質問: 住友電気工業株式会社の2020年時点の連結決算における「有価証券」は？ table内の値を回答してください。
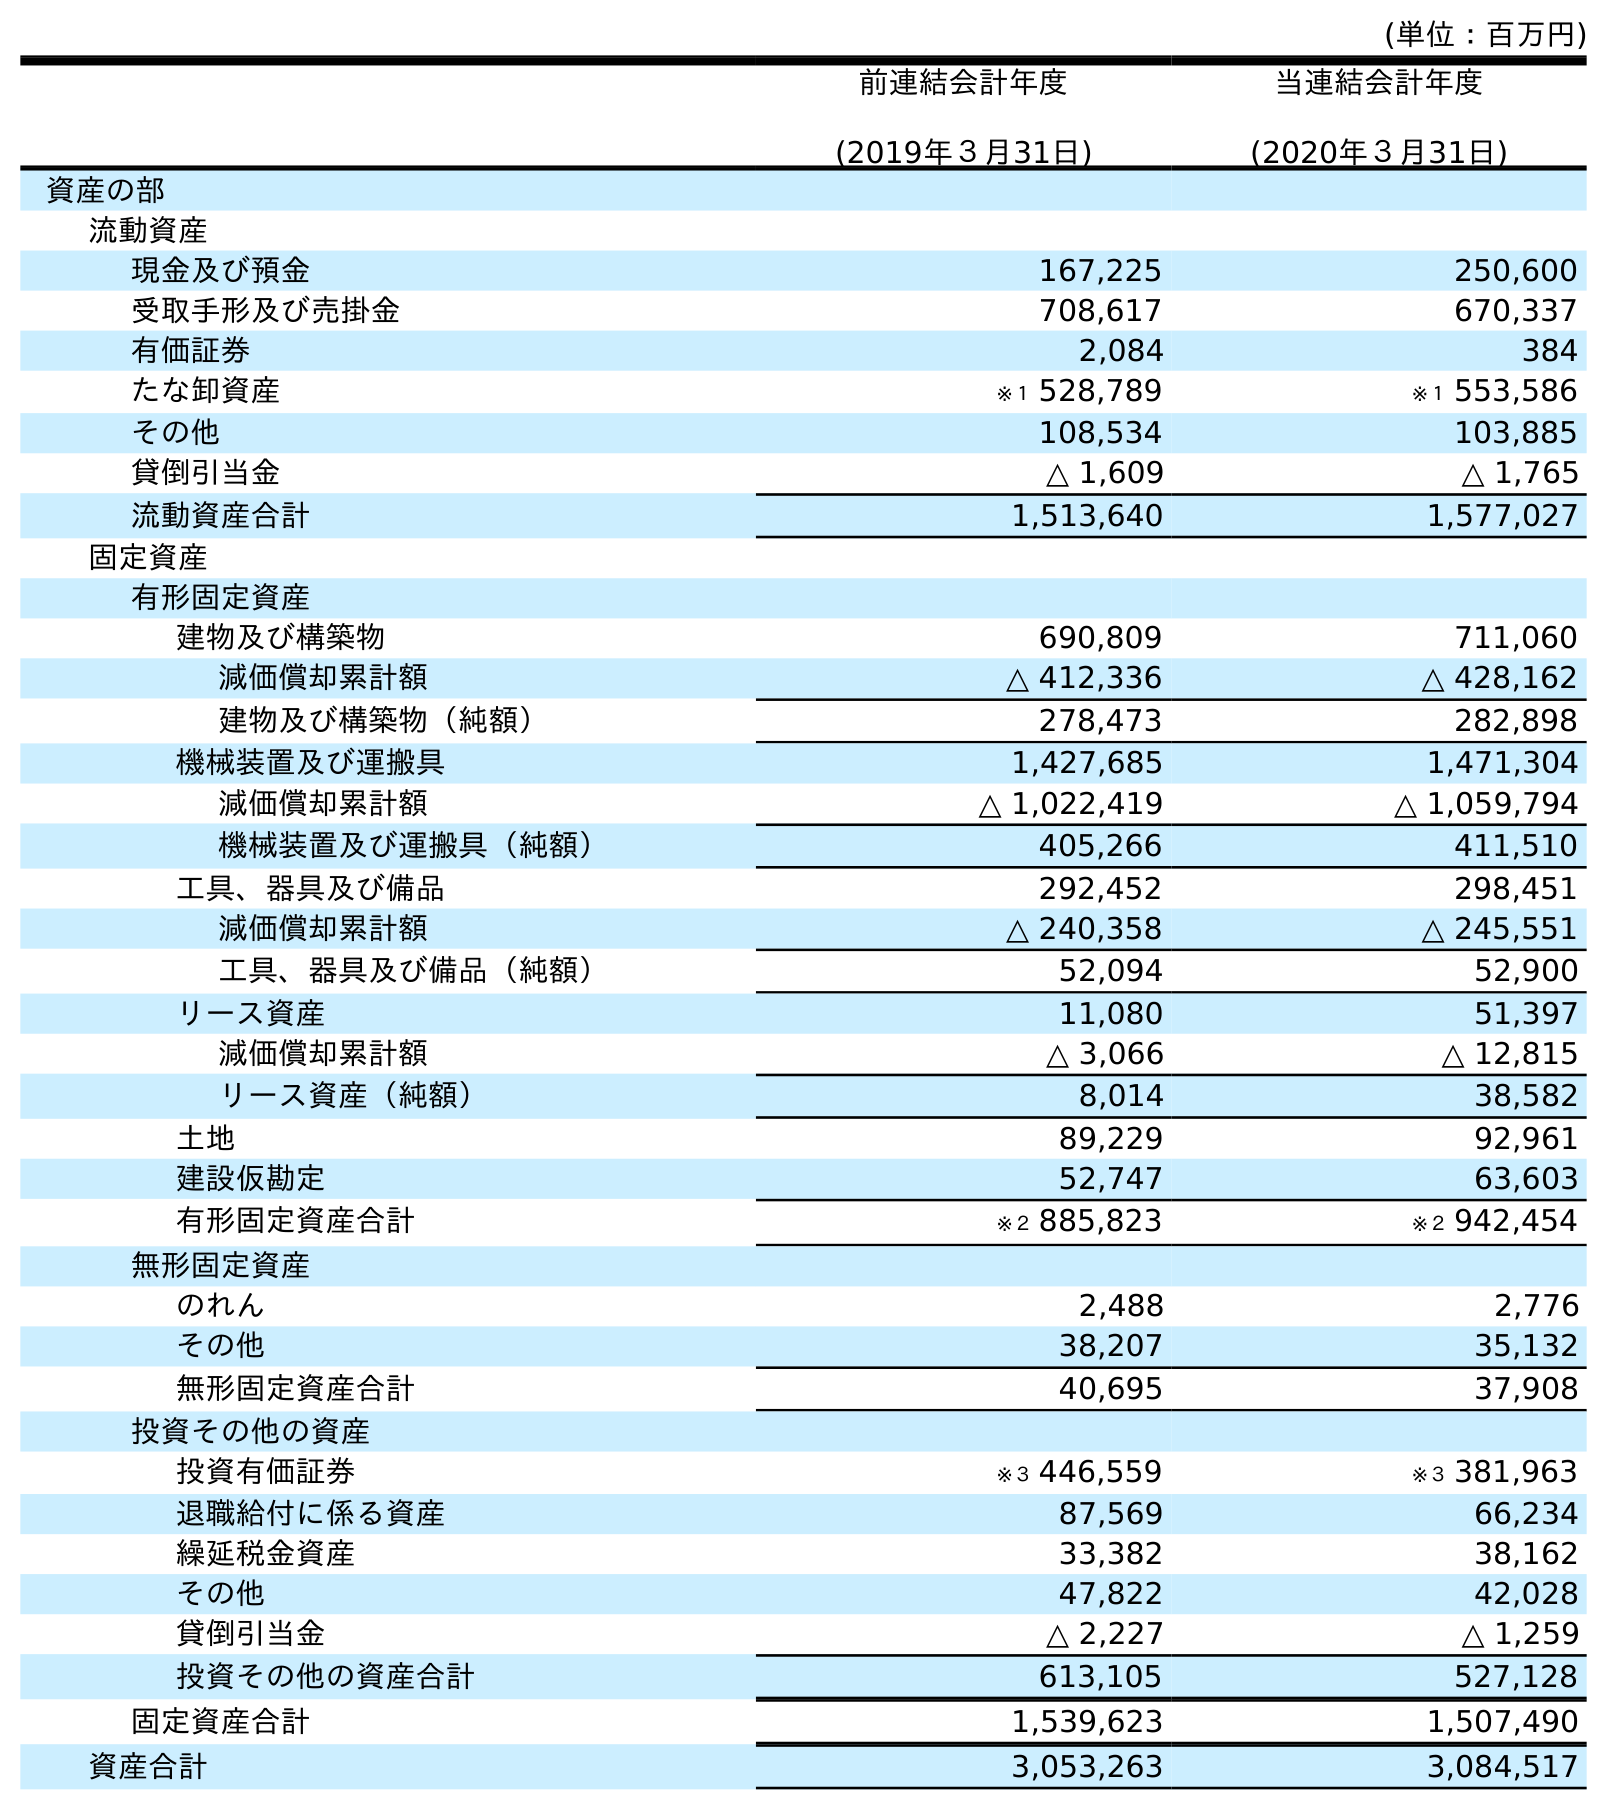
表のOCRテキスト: (単位：百万円) 前連結会計年度 (2019年３月31日) 当連結会計年度 (2020年３月31日) 資産の部 流動資産 現金及び預金 167,225 250,600 受取手形及び売掛金 708,617 670,337 有価証券 2,084 384 たな卸資産 ※１ 528,789 ※１ 553,586 その他 108,534 103,885 貸倒引当金 △ 1,609 △ 1,765 流動資産合計 1,513,640 1,577,027 固定資産 有形固定資産 建物及び構築物 690,809 711,060 減価償却累計額 △ 412,336 △ 428,162 建物及び構築物（純額） 278,473 282,898 機械装置及び運搬具 1,427,685 1,471,304 減価償却累計額 △ 1,022,419 △ 1,059,794 機械装置及び運搬具（純額） 405,266 411,510 工具、器具及び備品 292,452 298,451 減価償却累計額 △ 240,358 △ 245,551 工具、器具及び備品（純額） 52,094 52,900 リース資産 11,080 51,397 減価償却累計額 △ 3,066 △ 12,815 リース資産（純額） 8,014 38,582 土地 89,229 92,961 建設仮勘定 52,747 63,603 有形固定資産合計 ※２ 885,823 ※２ 942,454 無形固定資産 のれん 2,488 2,776 その他 38,207 35,132 無形固定資産合計 40,695 37,908 投資その他の資産 投資有価証券 ※３ 446,559 ※３ 381,963 退職給付に係る資産 87,569 66,234 繰延税金資産 33,382 38,162 その他 47,822 42,028 貸倒引当金 △ 2,227 △ 1,259 投資その他の資産合計 613,105 527,128 固定資産合計 1,539,623 1,507,490 資産合計 3,053,263 3,084,517
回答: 384